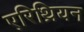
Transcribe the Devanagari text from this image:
एरिथ्रियन